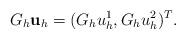
LaTeX: \begin{align*}G_{h}\mathbf u_{h}=(G_{h}u_{h}^{1},G_{h}u_{h}^{2})^{T}.\end{align*}